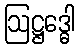
ဩဋ္ဌဒ္ဓေါ